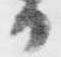
日